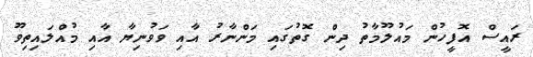
ރައީސް އޮފީހުން މައުލޫމާތު ދިން ގޮތުގައި މަންނާރު އާއި ވަވުނިޔާ އާއި މުއްލައިތިވޫ